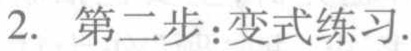
2. 第二步：变式练习.